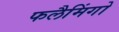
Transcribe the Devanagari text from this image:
फलैमिंगो